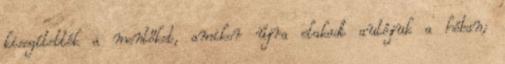
kisegítették a mentőket, amikor újra elakadt autójuk a hóban;